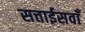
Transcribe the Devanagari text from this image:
सत्ताईसवाँ